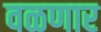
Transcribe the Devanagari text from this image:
वळणार